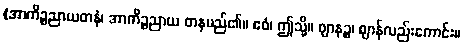
(အာကိဉ္စညာယတနံ၊ အာကိဉ္စညာယ တနမည်၏။ ဧဝံ၊ ဤသို့။ ဈာနဉ္စ၊ ဈာန်လည်းကောင်း။